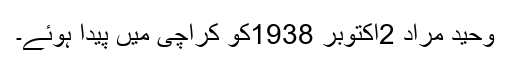
وحید مراد 2اکتوبر 1938کو کراچی میں پیدا ہوئے۔